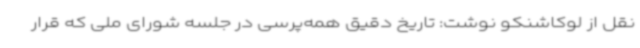
نقل از لوکاشنکو نوشت: تاریخ دقیق همه‌پرسی در جلسه شورای ملی که قرار